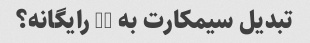
تبدیل سیمکارت به 4G رایگانه؟